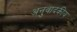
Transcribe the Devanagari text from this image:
अनुवादकीय